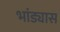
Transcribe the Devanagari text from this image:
भांड्यास